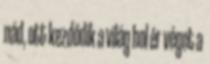
nád, ott kezdődik a világ hol ér véget a